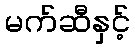
မက်ဆီနှင့်